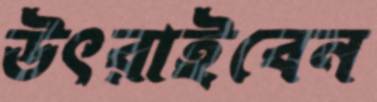
উৎরাইবেন